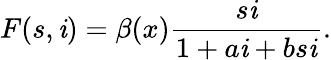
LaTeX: F(s,\mathit{i})=\beta(x)\frac{{s\mathit{i}}}{{1+a\mathit{i}+bs\mathit{i}}}.